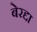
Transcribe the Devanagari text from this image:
बेरद्दा